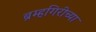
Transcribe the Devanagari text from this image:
ब्रम्हगिरीच्या